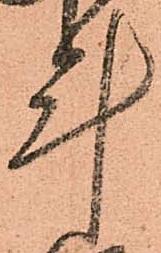
計